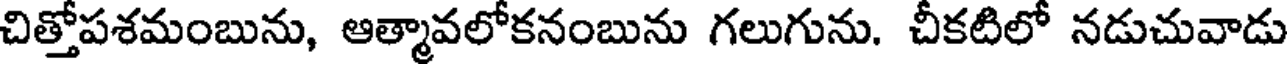
చిత్తోపశమంబును, ఆత్మావలోకనంబును గలుగును. చీకటిలో నడుచువాడు